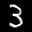
Label: 3